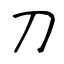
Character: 刀